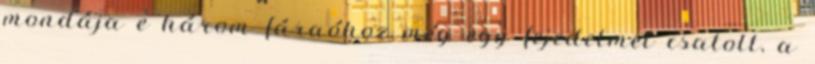
mondája e három fáraóhoz még egy fejedelmet csatolt, a